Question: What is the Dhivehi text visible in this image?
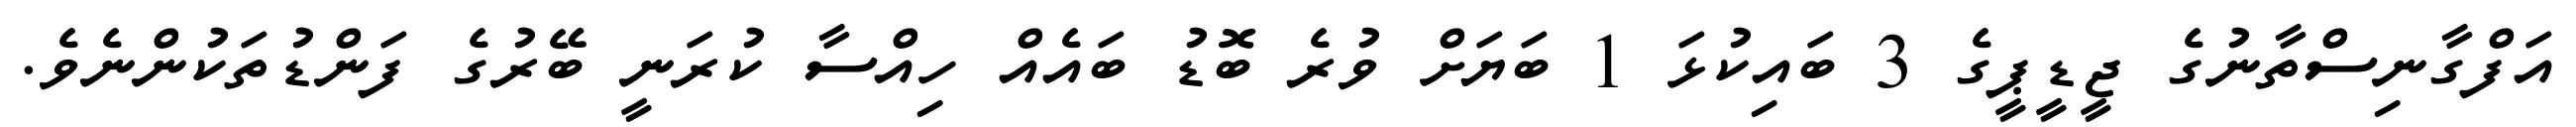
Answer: އަފްގާނިސްތާނުގެ ޖީޑީޕީގެ 3 ބައިކުޅަ 1 ބަޔަށް ވުރެ ބޮޑު ބައެއް ހިއްސާ ކުރަނީ ބޭރުގެ ފަންޑުތަކުންނެވެ.